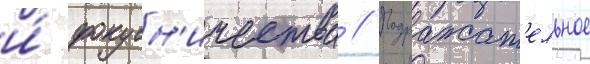
и́ фокусн'ичества // Подражат'ельное